Annual administration report of the Civil Veterinary Department of India - 1897-1898
Year: 1897
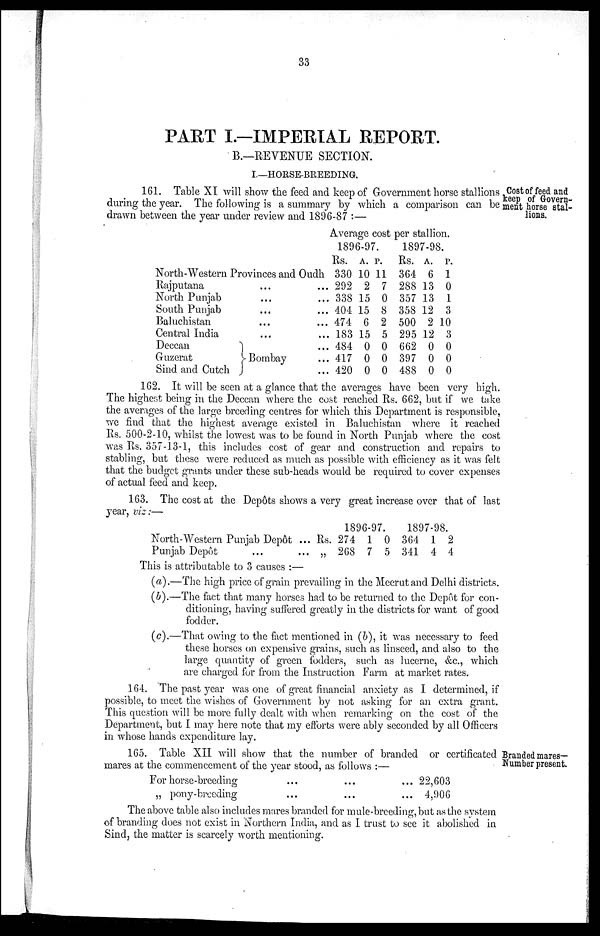
33
PART I.—IMPERIAL REPORT.
B.—REVENUE SECTION.
I.—HORSE-BREEDING.
Cost of feed and
keep of Govern-
ment horse stal-
lions.
161. Table XI will show the feed and keep of Government horse stallions
during the year. The following is a summary by which a comparison can be
drawn between the year under review and 1896-87 :—
North-Western Pro
vinces and
Oudh
Rajputana
North Punjab
South Punjab
Baluchistan
Central India
Deccan
Guzerat }
Sind and Cutch
...
...
...
...
...
Bombay
...
...
...
...
...
...
...
...
Average cost
1896-97.
Rs.
330
292
338
404
474
183
484
417
420
A.
10
2
15
15
6
15
0
0
0
P.
11
7
0
8
2
5
0
0
0
per stallion.
1897-98.
Rs.
364
288
357
358
500
295
662
397
488
A.
6
13
13
12
2
12
0
0
0
P.
1
0
1
3
10
3
0
0
0
162. It will be seen at a glance that the averages have been very high.
The highest being in the Deccan where the cost reached Rs. 662, but if we take
the averages of the large breeding centres for which this Department is responsible,
we find that the highest average existed in Baluchistan where it reached
Rs. 500-2-10, whilst the lowest was to be found in North Punjab where the cost
was Rs. 357-13-1, this includes cost of gear and construction and repairs to
stabling, but these were reduced as much as possible with efficiency as it was felt
that the budget grants under these sub-heads would be required to cover expenses
of actual feed and keep.
163. The cost at the Depôts shows a very great increase over that of last
year, viz:—
North-Western Punjab Depôt ...
Punjab Depot .... ...
1896-97.
Rs.
„
274
268
1
7
0
5
1897-98.
364
341
1
4
2
4
This is attributable to 3 causes :—
(a).—The high price of grain prevailing in the Meerut and Delhi districts.
(b).—The fact that many horses had to be returned to the Depôt for con-
ditioning, having suffered greatly in the districts for want of good
fodder.
(c).—That owing to the fact mentioned in (b), it was necessary to feed
these horses on expensive grains, such as linseed, and also to the
large quantity of green fodders, such as lucerne, &c., which
are charged for from the Instruction Farm at market rates.
164. The past year was one of great financial anxiety as I determined, if
possible, to meet the wishes of Government by not asking for an extra grant.
This question will be more fully dealt with when remarking on the cost of the
Department, but I may here note that my efforts were ably seconded by all Officers
in whose hands expenditure lay.
Branded mares-
Number present.
165. Table XII will show that the number of branded or certificated
mares at the commencement of the year stood, as follows :—
For horse-breeding
„ pony-breeding
...
...
...
...
...
...
22,603
4,906
The above table also includes mares branded for mule-breeding, but as the system
of branding does not exist in Northern India, and as I trust to see it abolished in
Sind, the matter is scarcely worth mentioning.